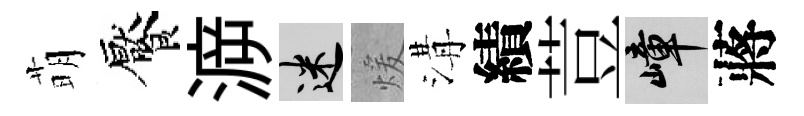
萌饜㴑迷煖溝績荳嶂蔣